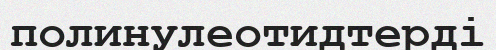
полинулеотидтерді